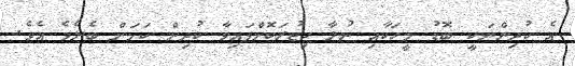
އެ ކުދިންނަކީ ބޮޑު މީހަކާއި ނުލާ ހިޖުރަކޮށްފައިވާ ކުދިން ކަމަށް ބެލެވެ އެވެ.